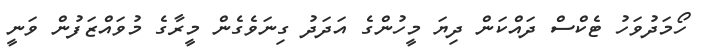
ހޯމަދުވަހު ޓެކްސް ދައްކަން ދިޔަ މީހުންގެ އަދަދު ގިނަވެގެން މީރާގެ މުވައްޒަފުން ވަނީ